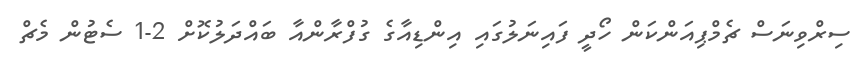
ސިރްވިނަސް ޗެމްޕިއަންކަން ހޯދީ ފައިނަލުގައި އިންޑިއާގެ ގުފްރާންއާ ބައްދަލުކޮށް 2-1 ސެޓުން މެޗް